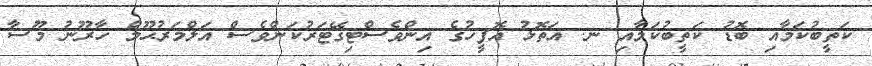
ކަތީބުކަމާއި ބޮޑު ކަތީބުކަމާއި ނ. އަތޮޅު އޮފީހުގެ އިންވެސްޓިގޭޓަރުކަންވެސް އަލްމަރުޙޫމް ހާރޫނު މޫސާ